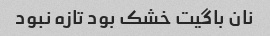
نان باگیت خشک بود تازه نبود